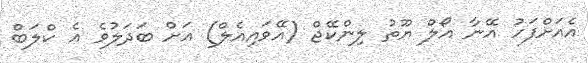
އެއަށްފަހު އޭނާ އޯލް ޔޫތު ލިންކޭޖް (އޭވައިއެލް) އަށް ބަދަލުވެ އެ ކްލަބް